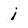
Character: j